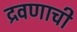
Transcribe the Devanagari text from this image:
द्रवणाची